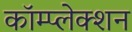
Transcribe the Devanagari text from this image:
कॉम्प्लेक्शन